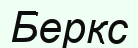
Беркс